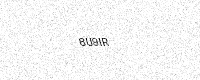
Text: 8U9IR